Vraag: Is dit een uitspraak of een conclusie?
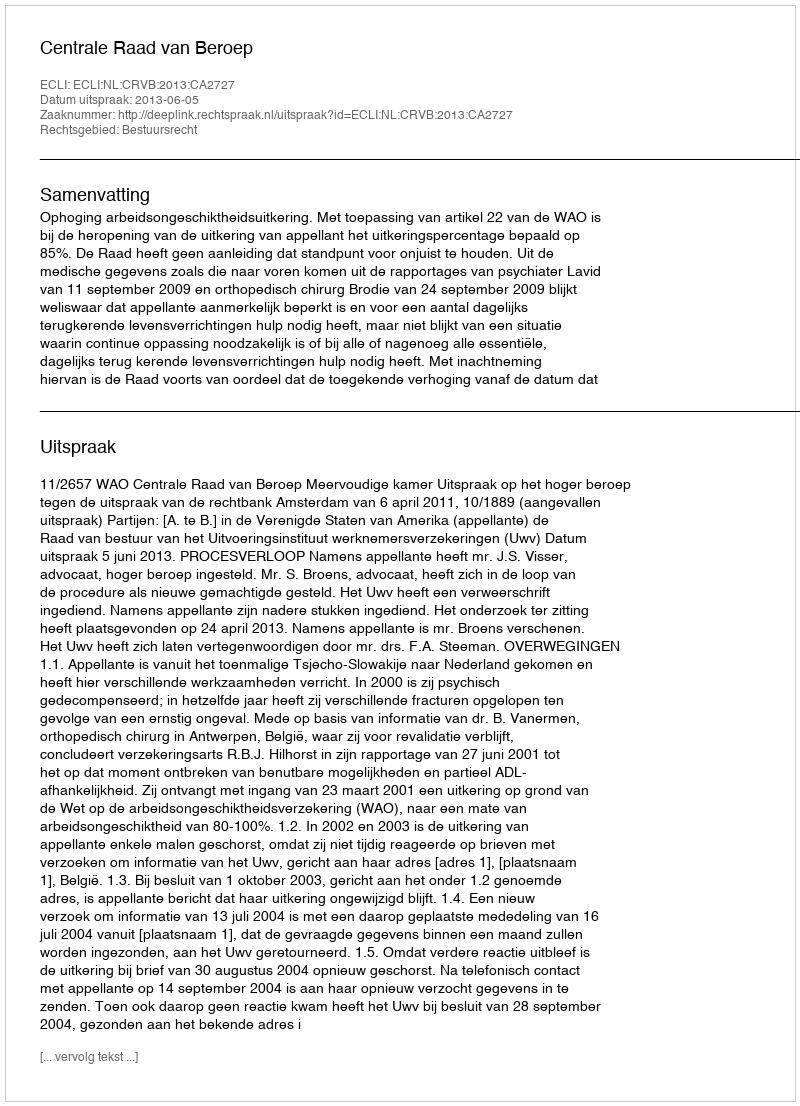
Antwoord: Uitspraak